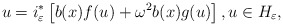
\begin{align*}u=i_{\varepsilon}^{\ast}\left[ b(x)f(u)+\omega^{2}b(x)g(u)\right] ,u\in H_{\varepsilon}, \end{align*}